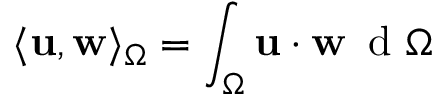
\langle { \bf u } , { \bf w } \rangle _ { \Omega } = \int _ { \Omega } { \bf u } \cdot { \bf w } \, \mathrm { ~ d ~ } \Omega